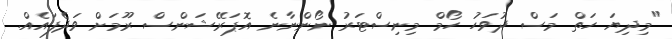
"މިދިޔަ ހަތް މަސް ދުވަހު ހޯމް މިނިސްޓަރު ނޯންނާނެ އޮޕަރޭޝަންސް ރޫމަށް ވަދެފައެއް.